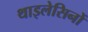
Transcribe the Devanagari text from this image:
थाइलेसिनों